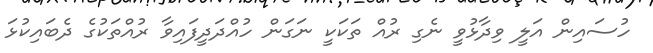
ހުސައިން އަލީ ވިދާޅުވީ ނެގި ރުއް ތަކަކީ ނަގަން ހުއްދަދީފައިވާ ރުއްތަކުގެ ދެބައިކުޅަ